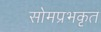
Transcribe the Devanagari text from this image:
सोमप्रभकृत